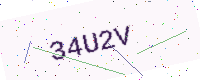
Text: 34U2V